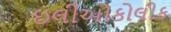
ઇલીઓકોલીક